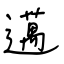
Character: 邁